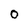
Character: 0